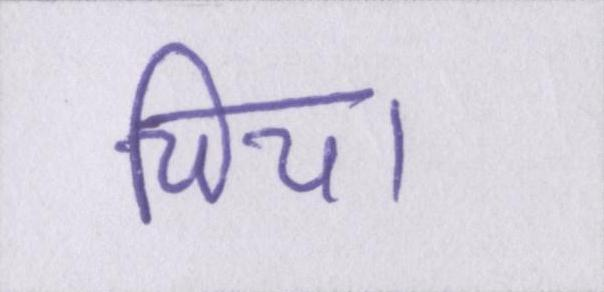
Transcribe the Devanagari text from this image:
चिया